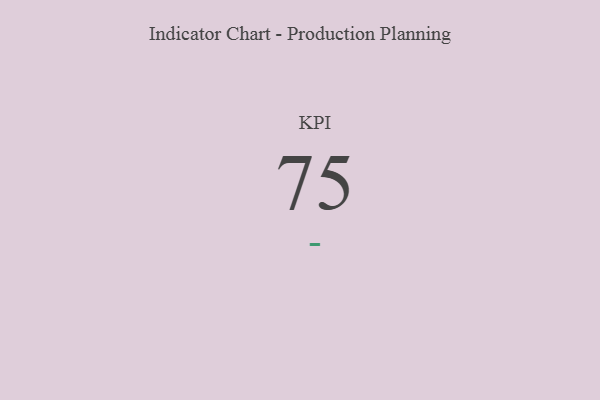
{"axis": {"x": "KPI", "y": "Value"}, "legend": [""], "data": [{"x": "KPI", "y": 75, "type": ""}]}